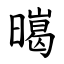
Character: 㬞